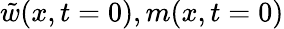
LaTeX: \tilde{w}(x,t=0),m(x,t=0)